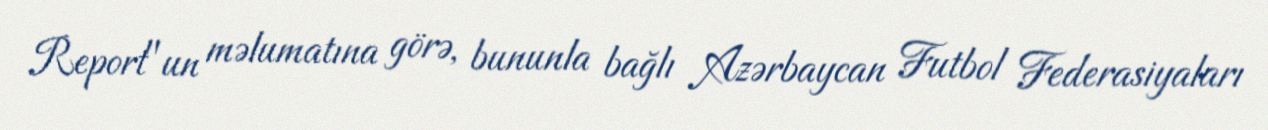
Report"un məlumatına görə, bununla bağlı Azərbaycan Futbol Federasiyaları